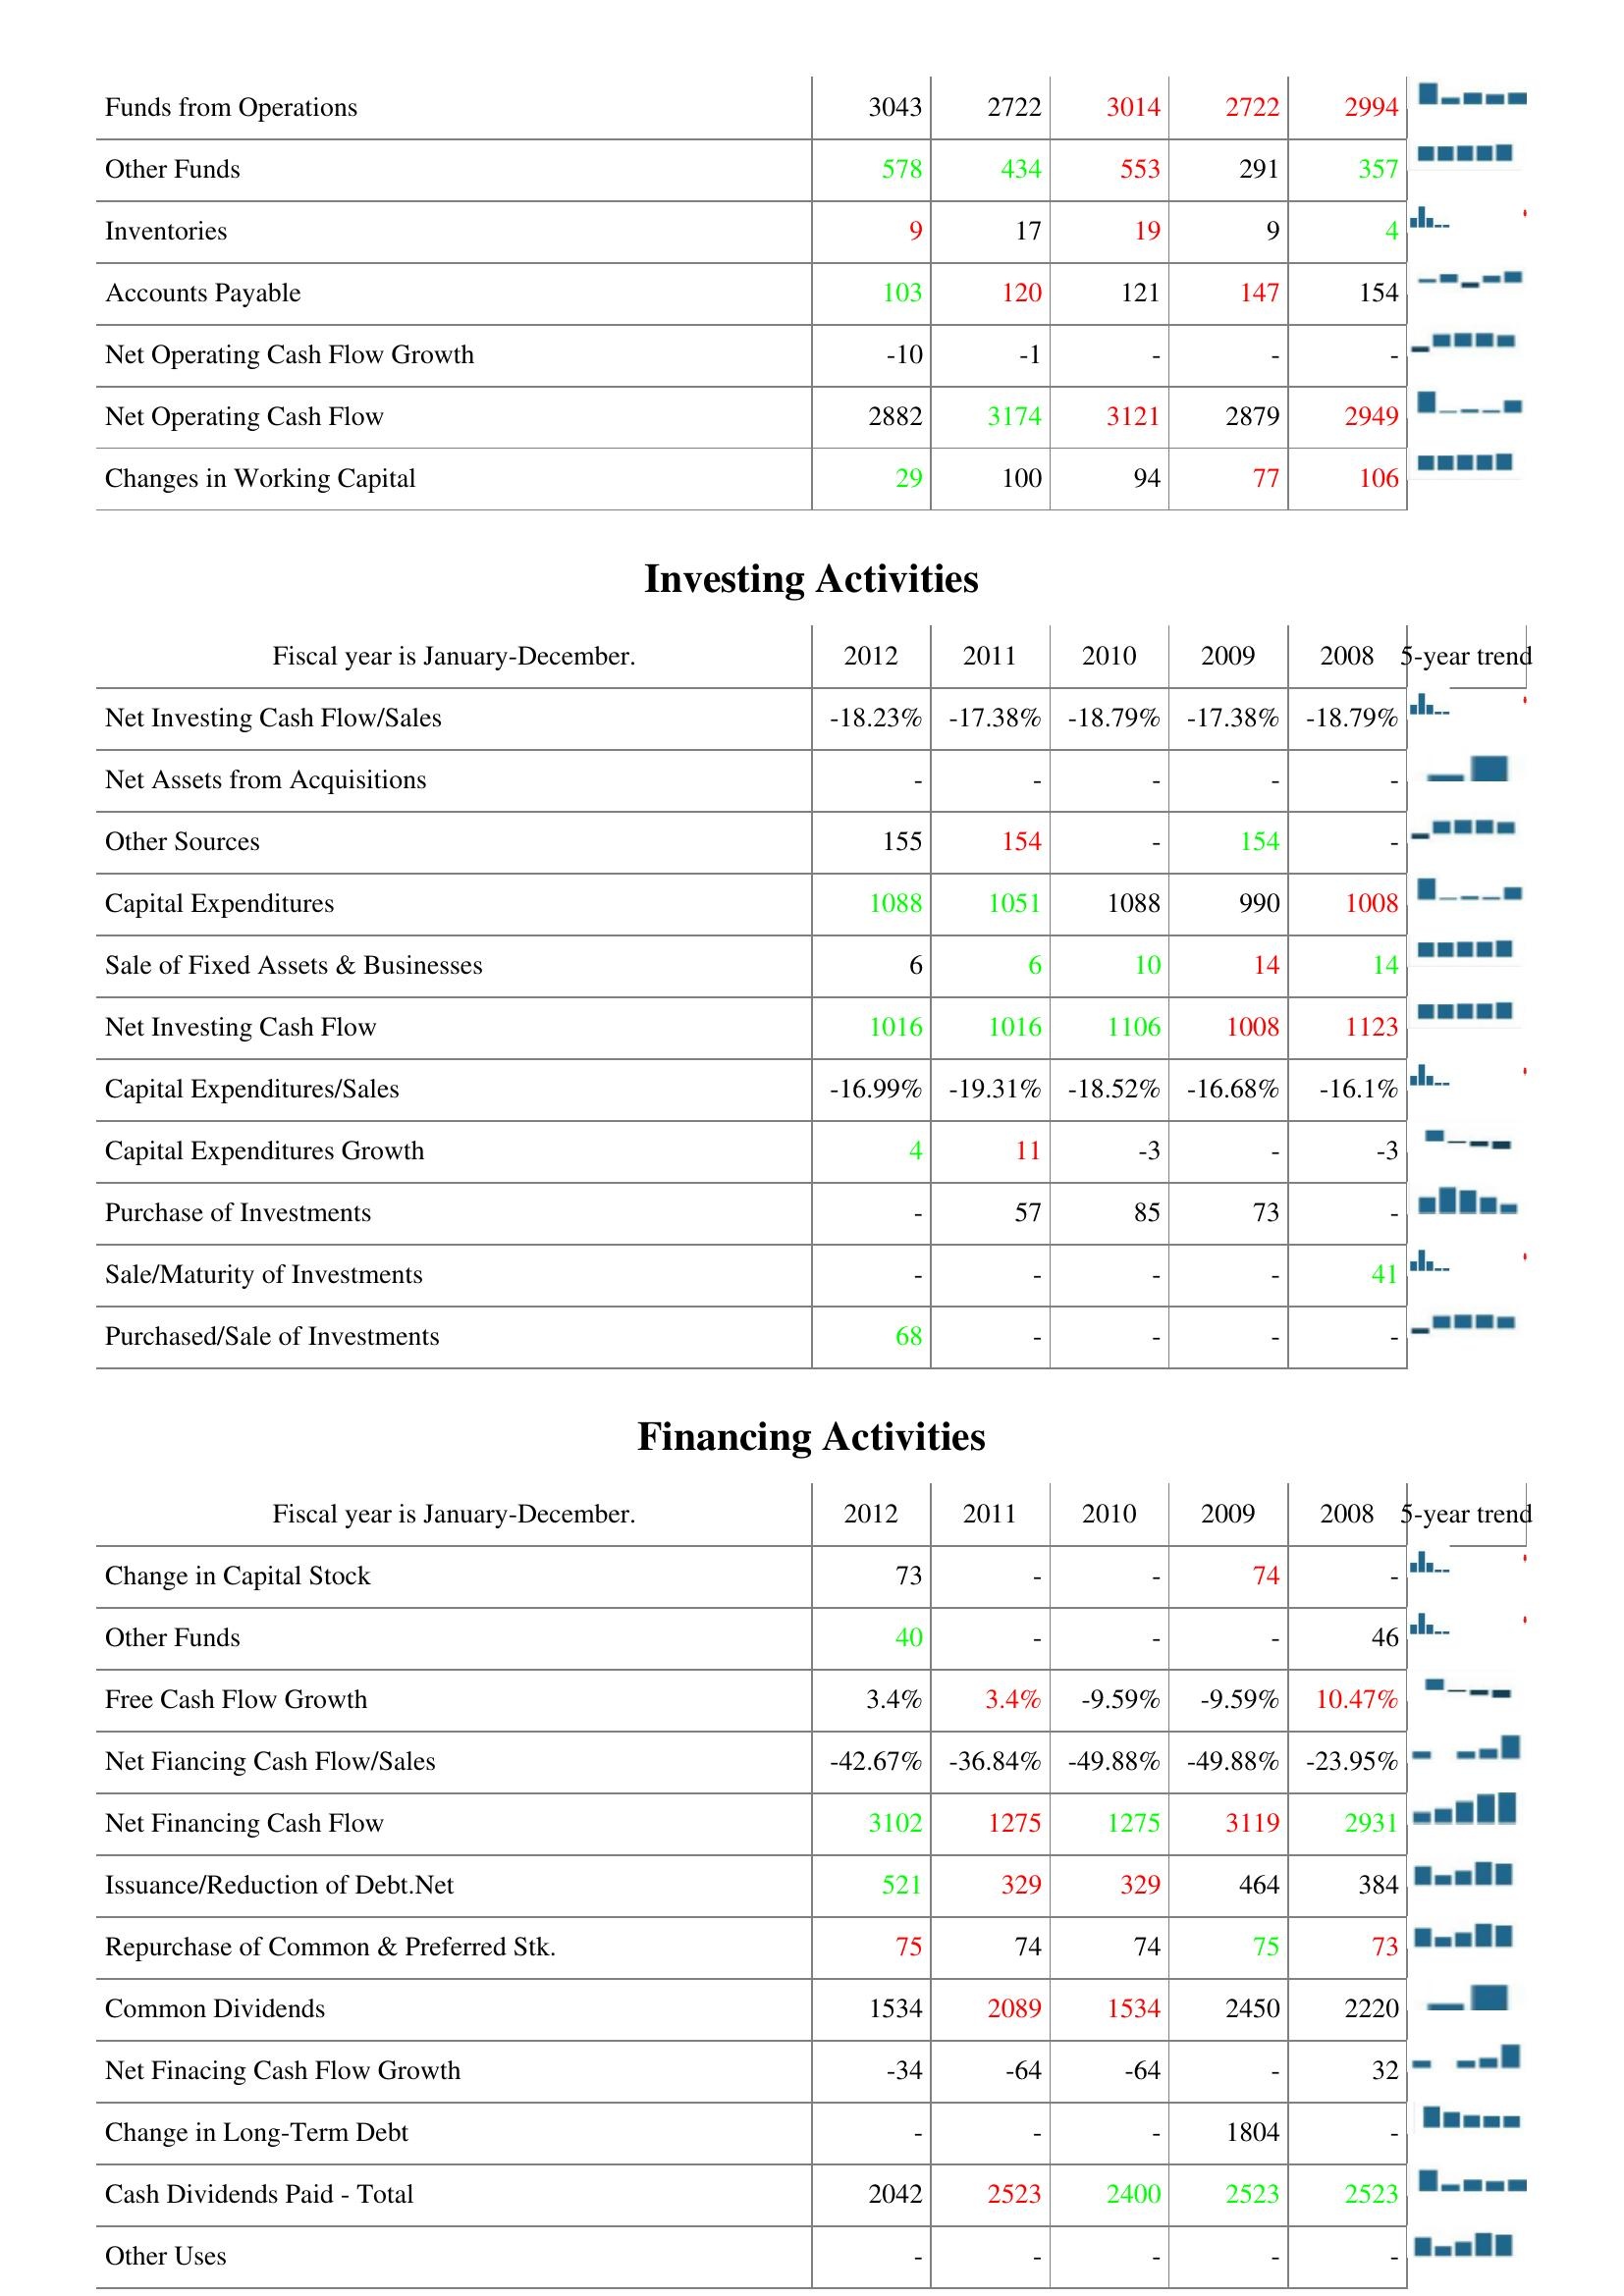
2012: Operating Activities: Funds from Operations: 3043
Other Funds: 578
Inventories: 9
Accounts Payable: 103
Net Operating Cash Flow Growth: -10
Net Operating Cash Flow: 2882
Changes in Working Capital: 29
Investing Activities: Net Investing Cash Flow/Sales: -18.23%
Net Assets from Acquisitions: -
Other Sources: 155
Capital Expenditures: 1088
Sale of Fixed Assets & Businesses: 6
Net Investing Cash Flow: 1016
Capital Expenditures/Sales: -16.99%
Capital Expenditures Growth: 4
Purchase of Investments: -
Sale/Maturity of Investments: -
Purchased/Sale of Investments: 68
Financing Activities: Change in Capital Stock: 73
Other Funds: 40
Free Cash Flow Growth: 3.4%
Net Fiancing Cash Flow/Sales: -42.67%
Net Financing Cash Flow: 3102
Issuance/Reduction of Debt.Net: 521
Repurchase of Common & Preferred Stk.: 75
Common Dividends: 1534
Net Finacing Cash Flow Growth: -34
Change in Long-Term Debt: -
Cash Dividends Paid - Total: 2042
Other Uses: -
2011: Operating Activities: Funds from Operations: 2722
Other Funds: 434
Inventories: 17
Accounts Payable: 120
Net Operating Cash Flow Growth: -1
Net Operating Cash Flow: 3174
Changes in Working Capital: 100
Investing Activities: Net Investing Cash Flow/Sales: -17.38%
Net Assets from Acquisitions: -
Other Sources: 154
Capital Expenditures: 1051
Sale of Fixed Assets & Businesses: 6
Net Investing Cash Flow: 1016
Capital Expenditures/Sales: -19.31%
Capital Expenditures Growth: 11
Purchase of Investments: 57
Sale/Maturity of Investments: -
Purchased/Sale of Investments: -
Financing Activities: Change in Capital Stock: -
Other Funds: -
Free Cash Flow Growth: 3.4%
Net Fiancing Cash Flow/Sales: -36.84%
Net Financing Cash Flow: 1275
Issuance/Reduction of Debt.Net: 329
Repurchase of Common & Preferred Stk.: 74
Common Dividends: 2089
Net Finacing Cash Flow Growth: -64
Change in Long-Term Debt: -
Cash Dividends Paid - Total: 2523
Other Uses: -
2010: Operating Activities: Funds from Operations: 3014
Other Funds: 553
Inventories: 19
Accounts Payable: 121
Net Operating Cash Flow Growth: -
Net Operating Cash Flow: 3121
Changes in Working Capital: 94
Investing Activities: Net Investing Cash Flow/Sales: -18.79%
Net Assets from Acquisitions: -
Other Sources: -
Capital Expenditures: 1088
Sale of Fixed Assets & Businesses: 10
Net Investing Cash Flow: 1106
Capital Expenditures/Sales: -18.52%
Capital Expenditures Growth: -3
Purchase of Investments: 85
Sale/Maturity of Investments: -
Purchased/Sale of Investments: -
Financing Activities: Change in Capital Stock: -
Other Funds: -
Free Cash Flow Growth: -9.59%
Net Fiancing Cash Flow/Sales: -49.88%
Net Financing Cash Flow: 1275
Issuance/Reduction of Debt.Net: 329
Repurchase of Common & Preferred Stk.: 74
Common Dividends: 1534
Net Finacing Cash Flow Growth: -64
Change in Long-Term Debt: -
Cash Dividends Paid - Total: 2400
Other Uses: -
2009: Operating Activities: Funds from Operations: 2722
Other Funds: 291
Inventories: 9
Accounts Payable: 147
Net Operating Cash Flow Growth: -
Net Operating Cash Flow: 2879
Changes in Working Capital: 77
Investing Activities: Net Investing Cash Flow/Sales: -17.38%
Net Assets from Acquisitions: -
Other Sources: 154
Capital Expenditures: 990
Sale of Fixed Assets & Businesses: 14
Net Investing Cash Flow: 1008
Capital Expenditures/Sales: -16.68%
Capital Expenditures Growth: -
Purchase of Investments: 73
Sale/Maturity of Investments: -
Purchased/Sale of Investments: -
Financing Activities: Change in Capital Stock: 74
Other Funds: -
Free Cash Flow Growth: -9.59%
Net Fiancing Cash Flow/Sales: -49.88%
Net Financing Cash Flow: 3119
Issuance/Reduction of Debt.Net: 464
Repurchase of Common & Preferred Stk.: 75
Common Dividends: 2450
Net Finacing Cash Flow Growth: -
Change in Long-Term Debt: 1804
Cash Dividends Paid - Total: 2523
Other Uses: -
2008: Operating Activities: Funds from Operations: 2994
Other Funds: 357
Inventories: 4
Accounts Payable: 154
Net Operating Cash Flow Growth: -
Net Operating Cash Flow: 2949
Changes in Working Capital: 106
Investing Activities: Net Investing Cash Flow/Sales: -18.79%
Net Assets from Acquisitions: -
Other Sources: -
Capital Expenditures: 1008
Sale of Fixed Assets & Businesses: 14
Net Investing Cash Flow: 1123
Capital Expenditures/Sales: -16.1%
Capital Expenditures Growth: -3
Purchase of Investments: -
Sale/Maturity of Investments: 41
Purchased/Sale of Investments: -
Financing Activities: Change in Capital Stock: -
Other Funds: 46
Free Cash Flow Growth: 10.47%
Net Fiancing Cash Flow/Sales: -23.95%
Net Financing Cash Flow: 2931
Issuance/Reduction of Debt.Net: 384
Repurchase of Common & Preferred Stk.: 73
Common Dividends: 2220
Net Finacing Cash Flow Growth: 32
Change in Long-Term Debt: -
Cash Dividends Paid - Total: 2523
Other Uses: -